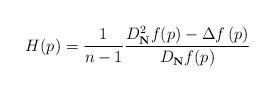
LaTeX: \begin{align*}H(p)=\frac{1}{n-1}\frac{D_{\mathbf{N}}^{2}f(p)-\Delta f\left( p\right)}{D_{\mathbf{N}}f(p)} \end{align*}